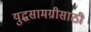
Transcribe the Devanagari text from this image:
युद्धसामग्रीसाठी